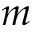
m